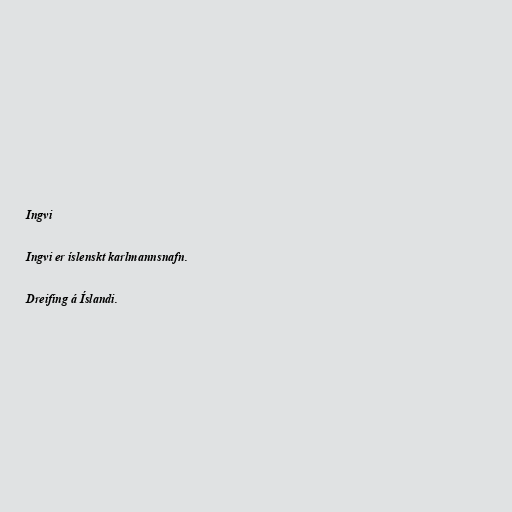
Ingvi

Ingvi er íslenskt karlmannsnafn.

Dreifing á Íslandi.